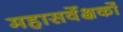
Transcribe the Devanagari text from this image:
महासर्वेक्षकों